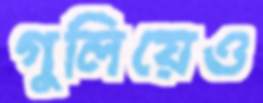
গুলিয়েও